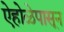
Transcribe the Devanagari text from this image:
ऐहोळेपासून